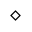
\diamond